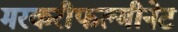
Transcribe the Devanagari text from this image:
मरकरीफल्मीनेट